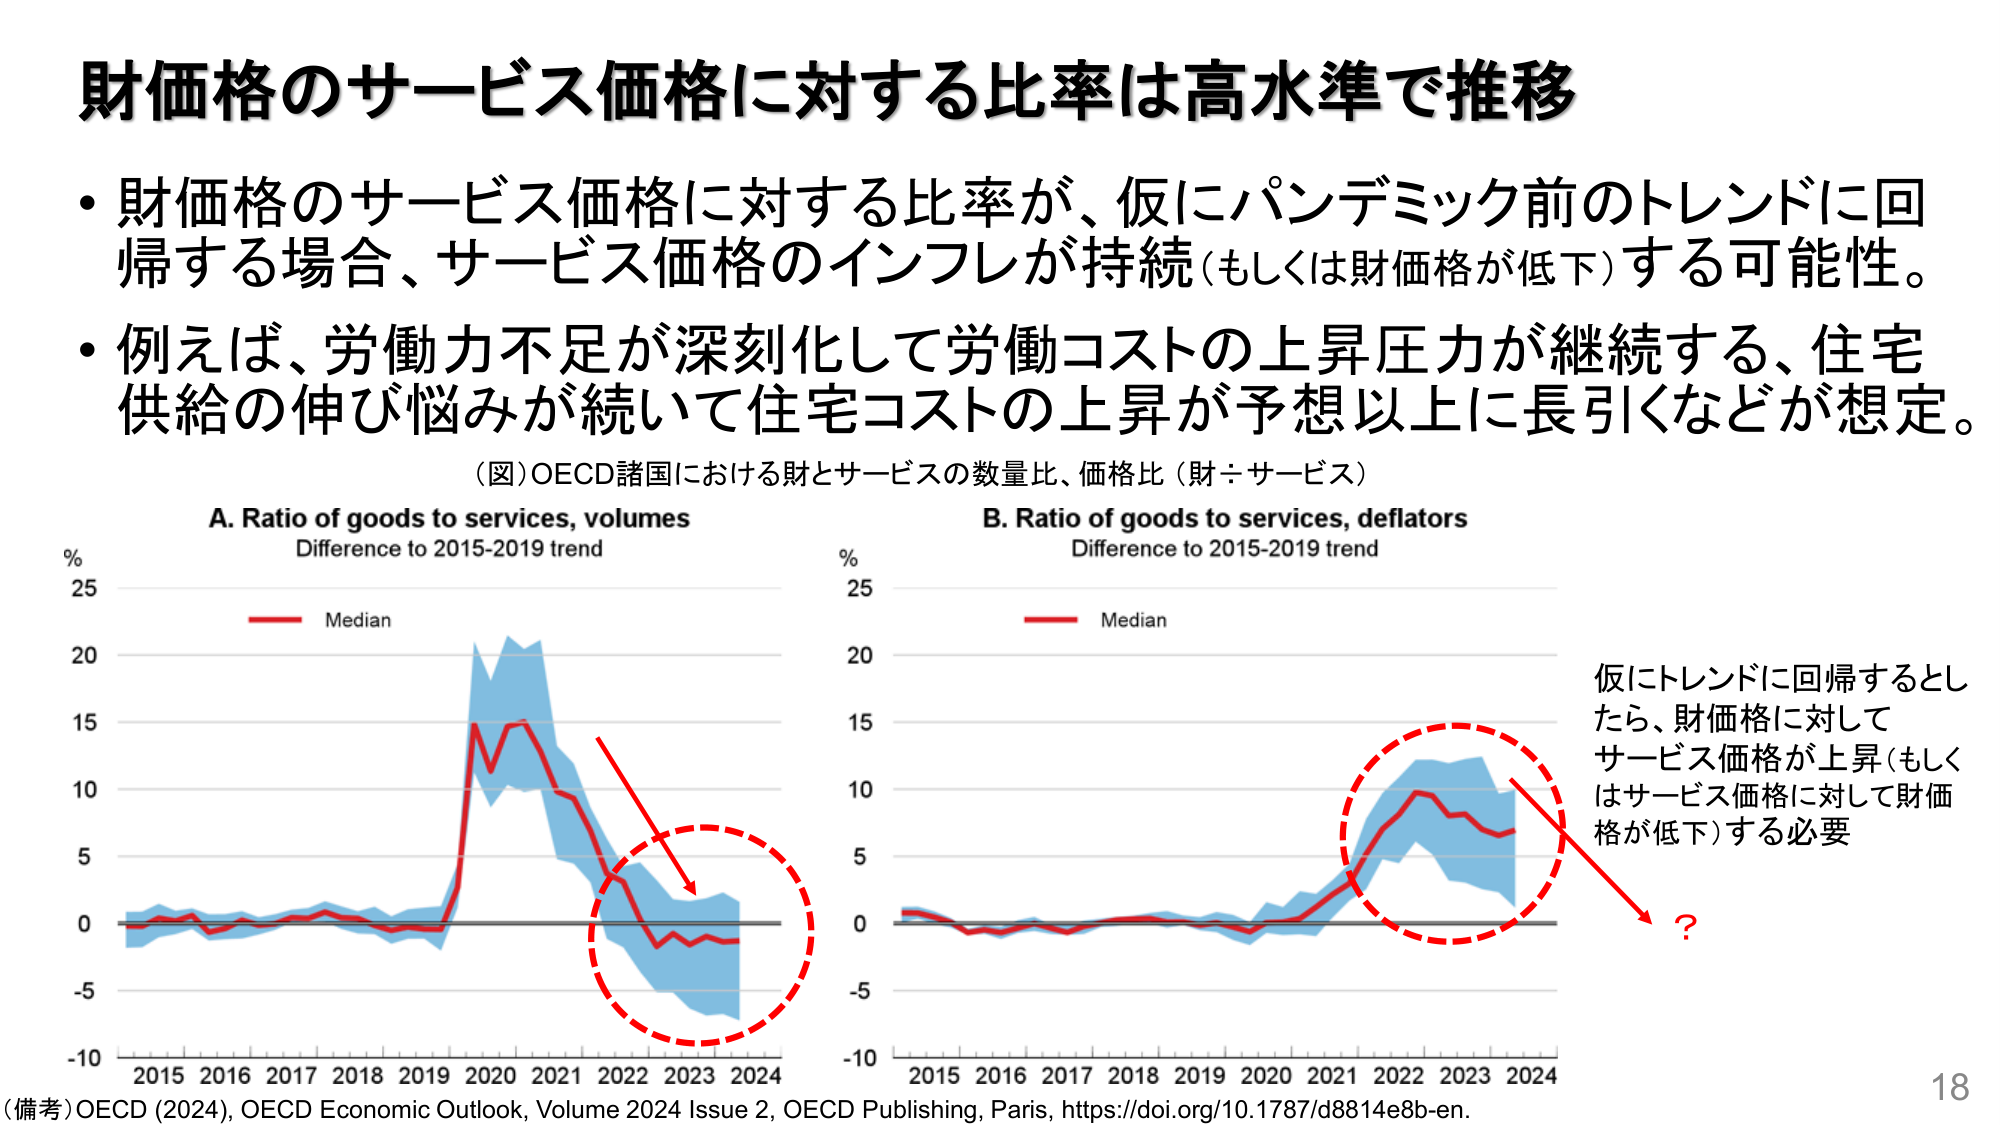
財価格のサービス価格に対する比率は高水準で推移

・財価格のサービス価格に対する比率が、仮にパンデミック前のトレンドに回帰する場合、サービス価格のインフレが持続（もしくは財価格が低下）する可能性。

・例えば、労働力不足が深刻化して労働コストの上昇圧力が継続する、住宅供給の伸び悩みが続いて住宅コストの上昇が予想以上に長引くなどが想定。

（図）OECD諸国における財とサービスの数量比、価格比（財÷サービス）

A. Ratio of goods to services, volumes
Difference to 2015-2019 trend

B. Ratio of goods to services, deflators
Difference to 2015-2019 trend

% 25
% 25
Median
Median
20
20
15
15
10
10
5
5
0
0
-5
-5
-10
-10
2015 2016 2017 2018 2019 2020 2021 2022 2023 2024
2015 2016 2017 2018 2019 2020 2021 2022 2023 2024

仮にトレンドに回帰するとして、財価格に対してサービス価格が上昇（もしくはサービス価格に対して財価格が低下）する必要

?

（備考）OECD (2024), OECD Economic Outlook, Volume 2024 Issue 2, OECD Publishing, Paris, https://doi.org/10.1787/d8814e8b-en.

18